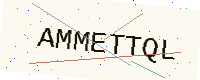
Text: AMMETTQL